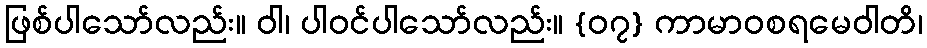
ဖြစ်ပါသော်လည်း။ ဝါ၊ ပါဝင်ပါသော်လည်း။ {၀၇} ကာမာဝစရမေဝါတိ၊